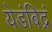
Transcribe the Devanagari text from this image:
येडंबिद्रं